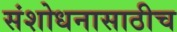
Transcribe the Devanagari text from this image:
संशोधनासाठीच